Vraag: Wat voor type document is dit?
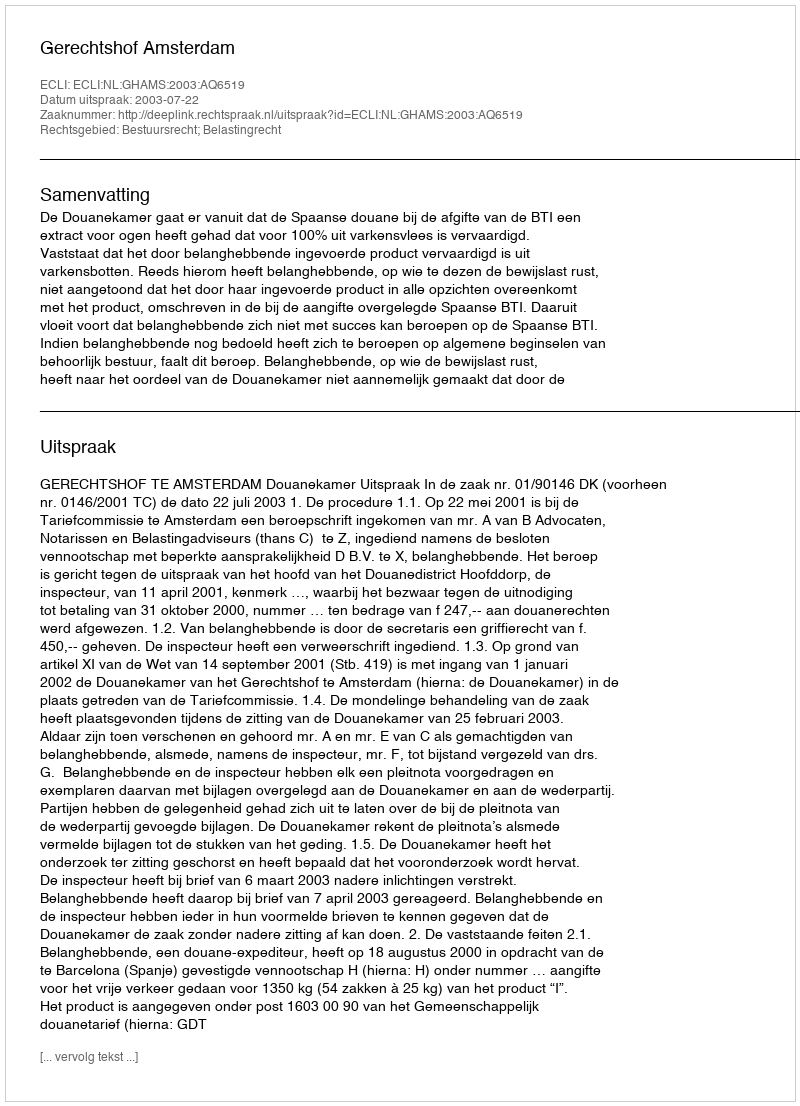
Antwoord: Uitspraak